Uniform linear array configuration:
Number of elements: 4
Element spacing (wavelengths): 0.75
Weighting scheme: binomial
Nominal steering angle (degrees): -45
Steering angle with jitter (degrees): -45.457
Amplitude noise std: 0.05
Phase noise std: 0.05

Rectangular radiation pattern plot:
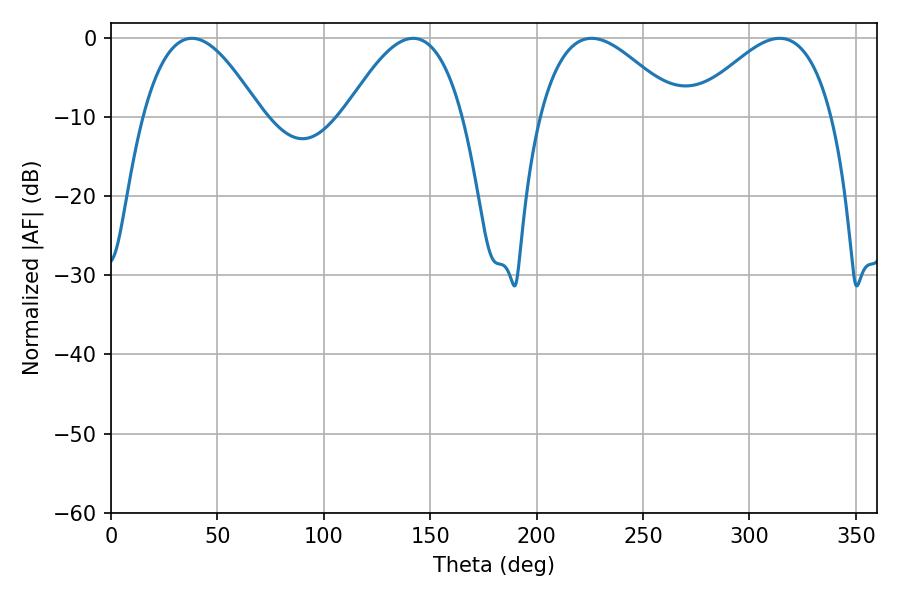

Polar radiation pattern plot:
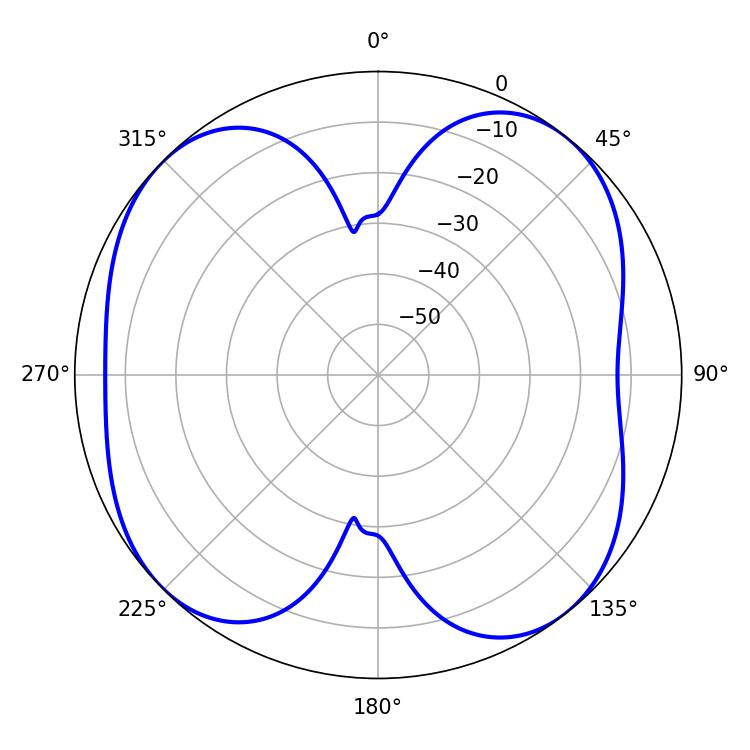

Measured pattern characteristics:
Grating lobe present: TRUE
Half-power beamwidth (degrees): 30.24
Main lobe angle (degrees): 37.98